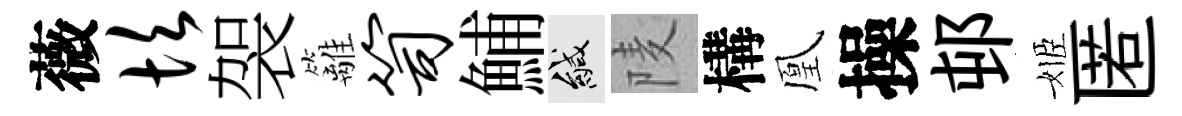
薇坎袈籬笥鯆緘𨹧構凰操邨姬匿